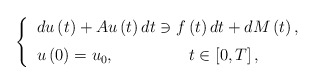
\begin{align*}\left\{\begin{tabular}[c]{l}$du\left( t\right) +Au\left( t\right) dt\ni f\left( t\right)dt+dM\left( t\right) ,$\medskip\\$u\left( 0\right) =u_{0},\quad\quad\quad\quad\;\;t\in\left[ 0,T\right] ,$\end{tabular}\ \ \ \ \right. \end{align*}